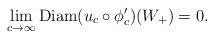
LaTeX: \begin{align*}\lim_{c\to\infty}{\rm Diam} (u_c\circ \phi'_c)(W_+) = 0.\end{align*}